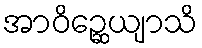
အာဝိဉ္ဆေယျာသိ